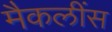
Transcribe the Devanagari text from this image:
मैकलींस